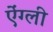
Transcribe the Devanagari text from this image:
ऐंग्ली